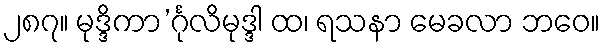
၂၈၇။ မုဒ္ဒိကာ’င်္ဂုလိမုဒ္ဒါ ထ၊ ရသနာ မေခလာ ဘဝေ။